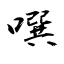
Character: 噀